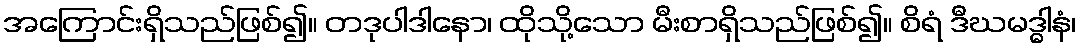
အကြောင်းရှိသည်ဖြစ်၍။ တဒုပါဒါနော၊ ထိုသို့သော မီးစာရှိသည်ဖြစ်၍။ စိရံ ဒီဃမဒ္ဓါနံ၊